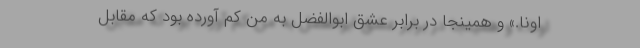
اونا.» و همینجا در برابر عشق ابوالفضل به من کم آورده بود که مقابل